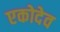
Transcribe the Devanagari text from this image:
एकोदेव